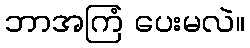
ဘာအကြံ ပေးမလဲ။